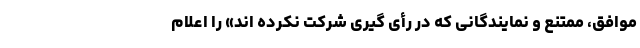
موافق، ممتنع و نمایندگانی که در رأی گیری شرکت نکرده اند» را اعلام